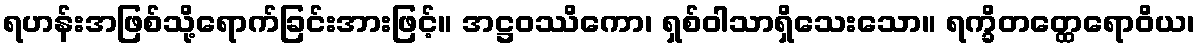
ရဟန်းအဖြစ်သို့ရောက်ခြင်းအားဖြင့်။ အဋ္ဌဝဿိကော၊ ရှစ်ဝါသာရှိသေးသော။ ရက္ခိတတ္ထေရောဝိယ၊